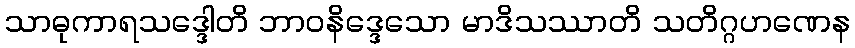
သာဓုကာရသဒ္ဒေါတိ ဘာဝနိဒ္ဒေသော မာဒိသဿာတိ သတိဂ္ဂဟဏေန